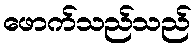
ဖောက်သည်သည်